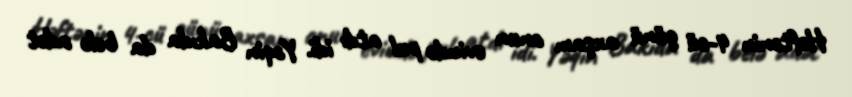
Həftənin 4-cü günü axşam onun evində pul atdı idi. Yəqin Bakıda da belə adət